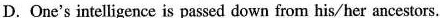
D. One's intelligence is passed down from his/her ancestors.